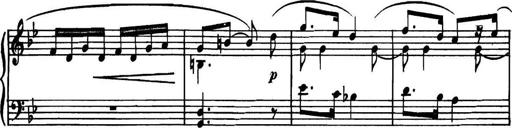
Title: Piano Sonatina in G minor
Composer: John Blackwood McEwen
Key: G minor